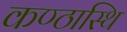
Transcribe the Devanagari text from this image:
कण्ठास्थि